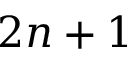
2 n + 1